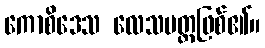
ကောစိဒေသ လေသမတ္တဖြစ်၏။